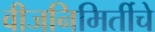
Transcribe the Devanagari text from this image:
वीजनिमिर्तीचे